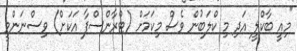
"މިއީ ބާކްލީ އަދި މި ކްލަބުން ވެސް މިކަމަށް (ޓްރާންސްފާ އަކަށް) ވިސްނަންވީ